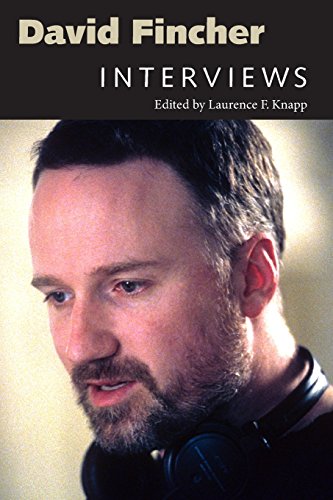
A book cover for David Fincher: Interviews (Conversations with Filmmakers Series); Humor & Entertainment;